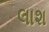
લાશ